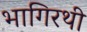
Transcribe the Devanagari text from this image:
भागिरथी